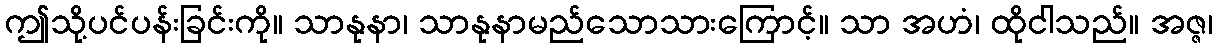
ဤသို့ပင်ပန်းခြင်းကို။ သာနုနာ၊ သာနုနာမည်သောသားကြောင့်။ သာ အဟံ၊ ထိုငါသည်။ အဇ္ဇ၊